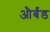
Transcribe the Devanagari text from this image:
और्बंड